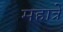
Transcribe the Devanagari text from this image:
महात्रे